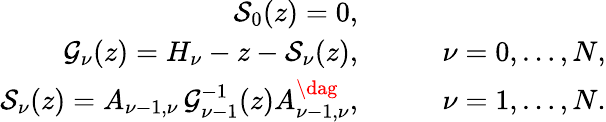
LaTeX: \begin{array}{rlr}{\mathcal{S}_{0}(z)=0,}&{}&\\ {\mathcal{G}_{\nu}(z)=H_{\nu}-z-\mathcal{S}_{\nu}(z),}&{\quad}&{\nu=0,\dots,N,}\\ {\mathcal{S}_{\nu}(z)=A_{\nu-1,\nu}\, \mathcal{G}_{\nu-1}^{-1}(z)A_{\nu-1,\nu}^{\dag},}&{\quad}&{\nu=1,\dots,N.}\end{array}